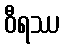
ဝီရဿ